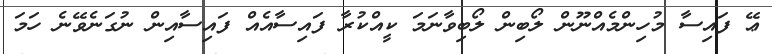
ޢޭ ފައިސާ މުހިންމެއްނޫން ލޯބިން ލޯބިވާނަމަ ކީއްކުރާ ފައިސާއެއް ފައިސާއިން ނުގަނެވޭނެ ހަމަ